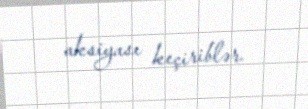
aksiyası keçiriblər.